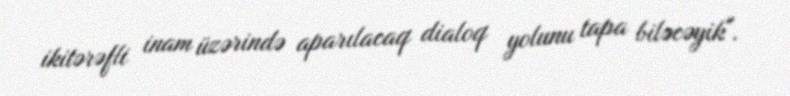
ikitərəfli inam üzərində aparılacaq dialoq yolunu tapa biləcəyik".